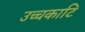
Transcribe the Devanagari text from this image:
उच्चकाटि